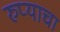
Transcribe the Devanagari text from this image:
रुप्याचा